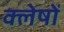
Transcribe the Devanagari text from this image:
क्लेषों